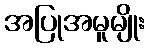
အပြုအမူမျိုး